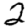
Digit: 2